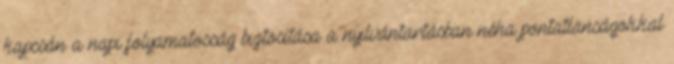
kapcsán a napi folyamatosság biztosítása a nyilvántartásban néha pontatlanságokkal